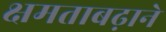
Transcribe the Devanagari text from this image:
क्षमताबढ़ाने